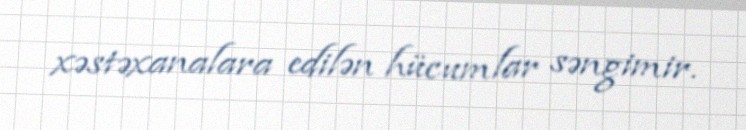
xəstəxanalara edilən hücumlar səngimir.